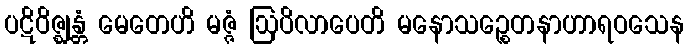
ပဋိဝိဇ္ဈန္တံ မေတေဟိ မဇ္ဇံ ဩပိလာပေတိ မနောသဉ္စေတနာဟာရဝသေန